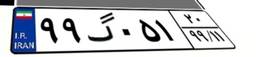
۹۹گ۰۵۱۲۰